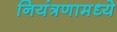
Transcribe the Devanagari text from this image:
नियंत्रणामध्ये